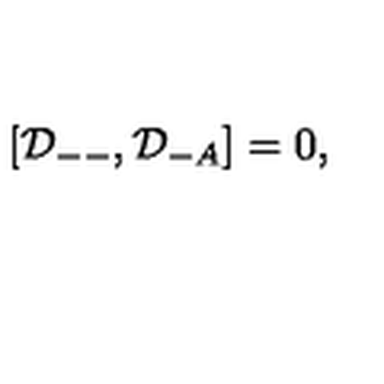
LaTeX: [ { \cal D } _ { -- } , { \cal D } _ { - A } ] = 0 ,